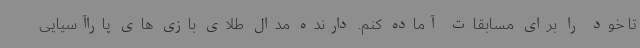
تا خود را برای مسابقات آماده کنم. دارنده مدال طلای بازی های پاراآسیایی